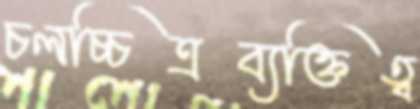
চলচ্চিত্রব্যক্তিত্ব